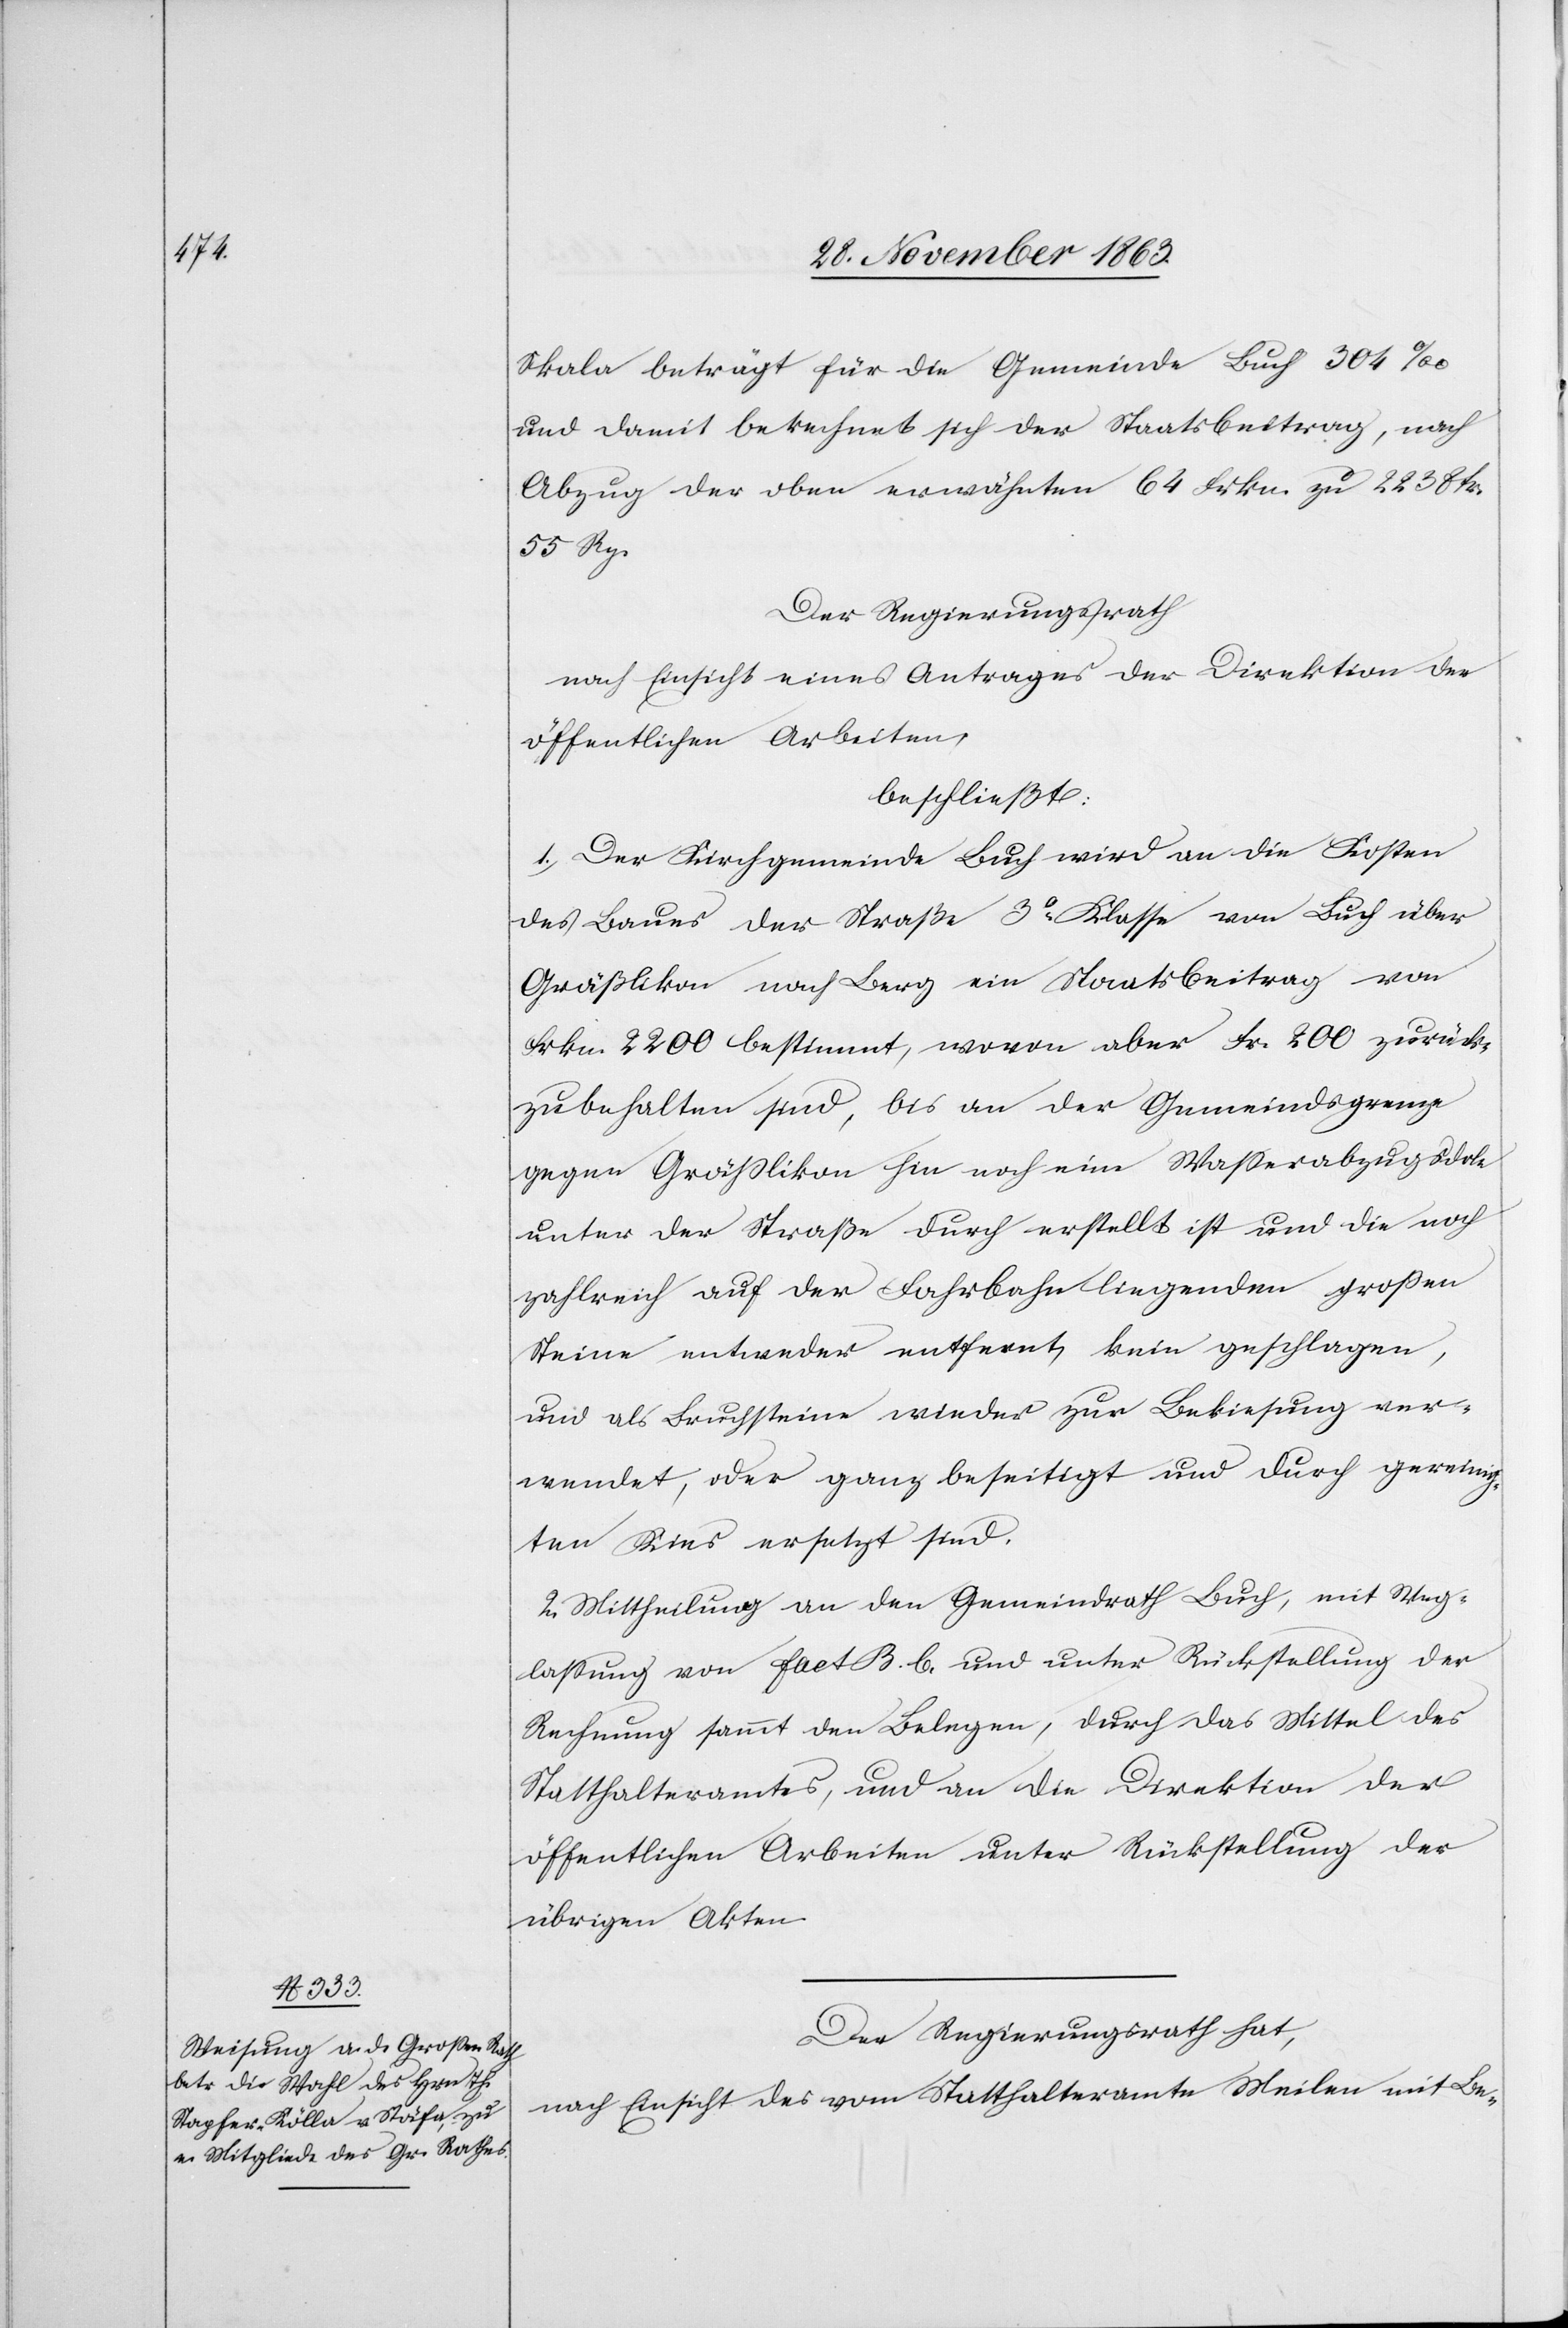
Skala beträgt für die Gemeinde Buch 304‰
und damit berechnet sich der Staatsbeitrag, nach
Abzug der oben erwähnten 64 Frkn. zu 2238 fr.
55 Rp.
Der Regierungsrath
nach Einsicht eines Antrages der Direktion der
öffentlichen Arbeiten,
beschließt:
1. Der Kirchgemeinde Buch wird an die Kosten
des Baues der Straße 3o Klasse von Buch über
Gräßlikon nach Berg ein Staatsbeitrag von
Frkn. 2200 bestimmt, wovon aber Fr. 200 zurück¬
zubehalten sind, bis an der Gemeindsgrenze
gegen Grässlikon hin noch eine Wasserabzugsdole
unter der Straße durch erstellt ist und die noch
zahlreich auf der Fahrbahn liegenden großen
Steine entweder entfernt, k[l]ein geschlagen,
und als Bruchsteine wieder zur Bekiesung ver¬
wendet, oder ganz beseitigt und durch gereinig¬
ten Kies ersetzt sind.
2. Mittheilung an den Gemeindrath Buch, mit Weg¬
lassung von Fact B. b. und unter Rückstellung der
Rechnung sammt den Belegen, durch das Mittel des
Statthalteramtes, und an die Direktion der
öffentlichen Arbeiten unter Rückstellung der
übrigen Akten.
Der Regierungsrath hat,
nach Einsicht des vom Statthalteramte Meilen mit Be-